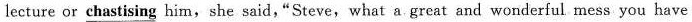
lecture or \underline{chastising} him,she said,"Steve,what a great and wonderful mess you have